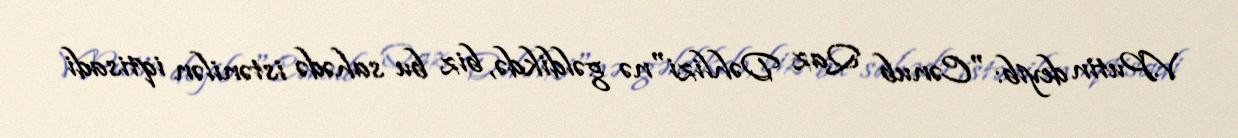
V.Putin deyib: "Cənub Qaz Dəhlizi"nə gəldikdə, biz bu sahədə istənilən iqtisadi